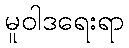
မူဝါဒရေးရာ